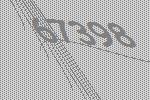
67398